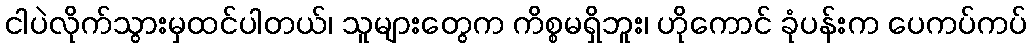
ငါပဲလိုက်သွားမှထင်ပါတယ်၊ သူများတွေက ကိစ္စမရှိဘူး၊ ဟိုကောင် ခုံပန်းက ပေကပ်ကပ်